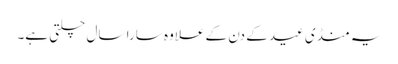
یہ منڈی عید کے دن کے علاوہ سارا سال چلتی ہے۔